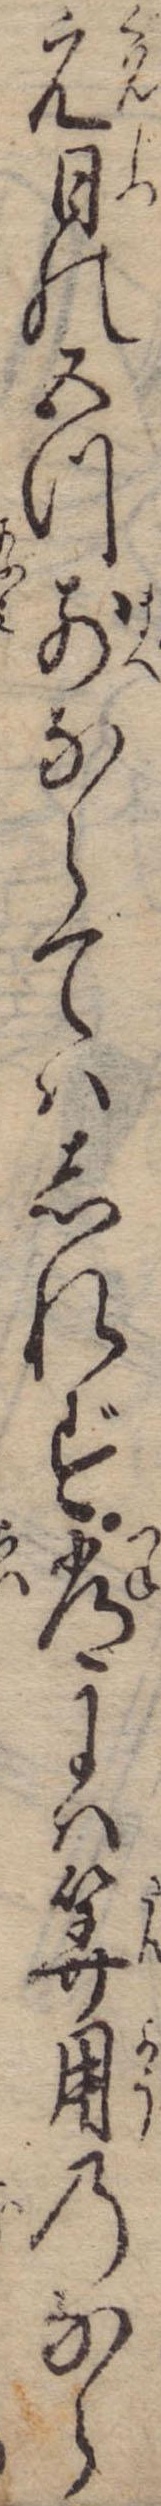
元日の五つ前ならではしれず常には算用のなら